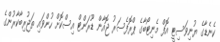
ކެނެޑާގެ ޔުނިވަސިޓީ އޮފް މެނިޓޯބާގެ ޕްރޮފެސަރު ޖޮއާން ޑޫރަންޓް އިސްކޮށް ހުންވައި ތަޖުރިބާކާރުންގެ